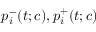
p _ { i } ^ { - } ( t ; c ) , p _ { i } ^ { + } ( t ; c )